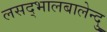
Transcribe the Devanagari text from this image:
लसद्भालबालेन्दु